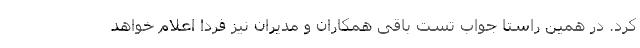
کرد. در همین راستا جواب تست باقی همکاران و مدیران نیز فردا اعلام خواهد